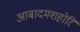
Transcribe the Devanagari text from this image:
आबादमशहोरि